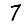
Digit: 7